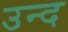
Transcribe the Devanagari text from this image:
उन्द